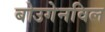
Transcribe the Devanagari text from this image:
बोउगेनविल